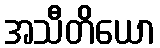
အသီတိယော